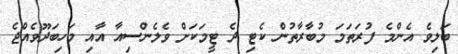
ބަލިވެ އެންމެ ފުރަތަމަ މުބާރާތުން ކެޓި ދެ ޓީމަކަށް ވެލެންސިއާ އާއި މަހިބަދޫވެއްޖެ